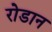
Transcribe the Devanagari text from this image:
रोडान